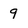
Character: 9